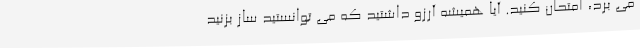
می برد، امتحان کنید. آیا همیشه آرزو داشتید که می توانستید ساز بزنید